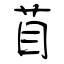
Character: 苜